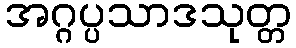
အဂ္ဂပ္ပသာဒသုတ္တ